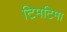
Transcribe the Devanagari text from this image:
टिमटिमा